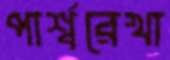
পার্শ্বরেখা